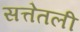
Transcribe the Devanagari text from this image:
सत्तेतली